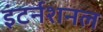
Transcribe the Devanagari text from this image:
इंटर्नशनल